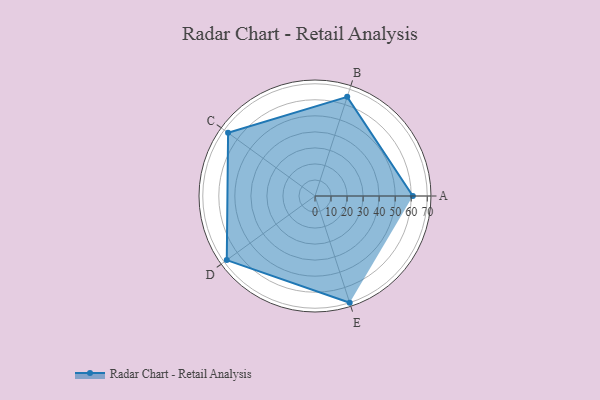
{"axis": {"x": "Skill", "y": "Score"}, "legend": ["Profile"], "data": [{"x": "A", "y": 61.0, "type": "Profile"}, {"x": "B", "y": 65.0, "type": "Profile"}, {"x": "C", "y": 67.0, "type": "Profile"}, {"x": "D", "y": 68.0, "type": "Profile"}, {"x": "E", "y": 70.0, "type": "Profile"}]}